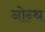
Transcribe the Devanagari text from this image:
नोन्थ